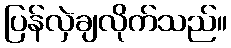
ပြန်လှဲချလိုက်သည်။